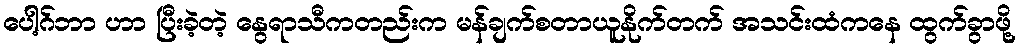
ပေါ့ဂ်ဘာ ဟာ ပြီးခဲ့တဲ့ နွေရာသီကတည်းက မန်ချက်စတာယူနိုက်တက် အသင်းထံကနေ ထွက်ခွာဖို့